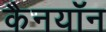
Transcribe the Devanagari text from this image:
कैनयॉन